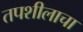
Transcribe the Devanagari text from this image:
तपशीलाचा